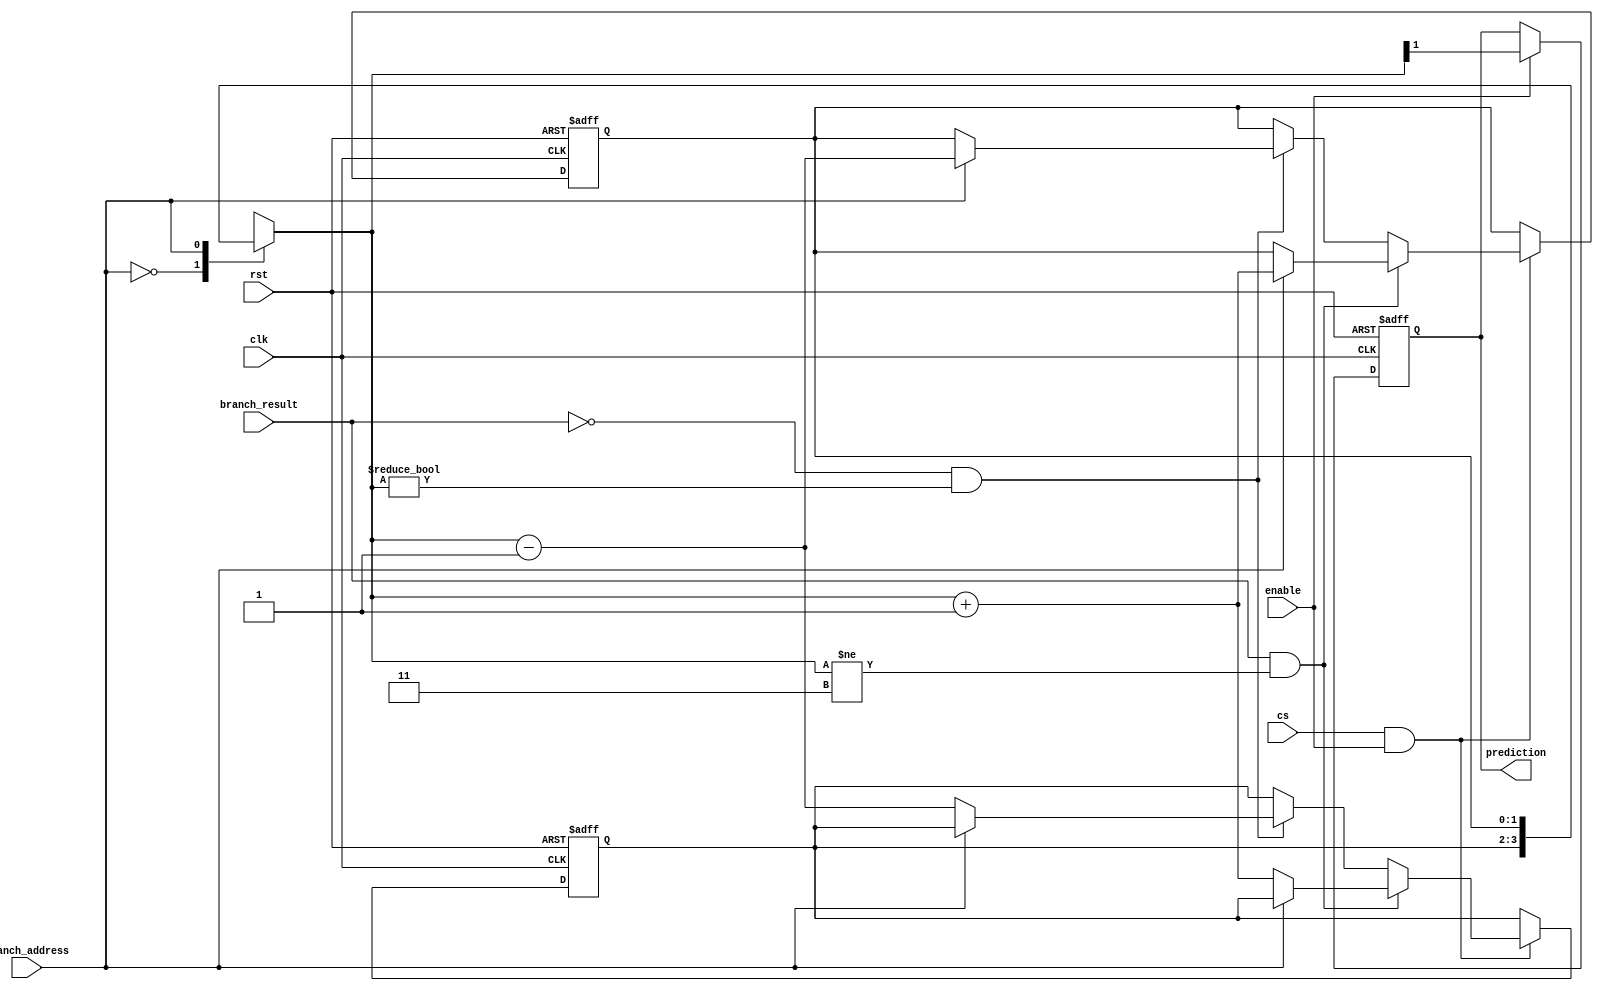
`timescale 1ns / 1ps
/*
*   saturating predictor
*   By default is a two bit saturating predictor
*/
module saturating_predictor #(parameter address_width = 1, parameter counter_width = 2)(
    input clk,
    input rst,
    input cs,
    input enable,
    input [address_width-1:0] branch_address,
    input branch_result,
    output reg prediction
    );

reg [counter_width-1:0] branch_counter_table [(2**address_width)-1:0];

wire [counter_width-1:0] current_branch_counter;
assign current_branch_counter = branch_counter_table[branch_address];

integer j;
always@(posedge clk or posedge rst)begin
    if(rst)begin
        for(j = 0; j < (2**address_width); j = j +1) branch_counter_table[j] <= 0;
    end
    else if(cs && enable) begin
        if(branch_result &&  (current_branch_counter != ((2**counter_width)-1)))begin
            branch_counter_table[branch_address] <= current_branch_counter + 1;
        end
        else if((!branch_result) && (current_branch_counter != 0))begin
            branch_counter_table[branch_address] <= current_branch_counter - 1;
        end
    end
end

always@(posedge clk or posedge rst)begin
    if(rst)begin
        prediction <= 0;
    end
    else if(enable)begin
        prediction <= current_branch_counter[counter_width-1];
    end
end


endmodule